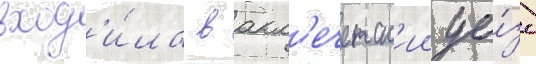
вход'и́ла в акм'ечетск'ии уе́зд